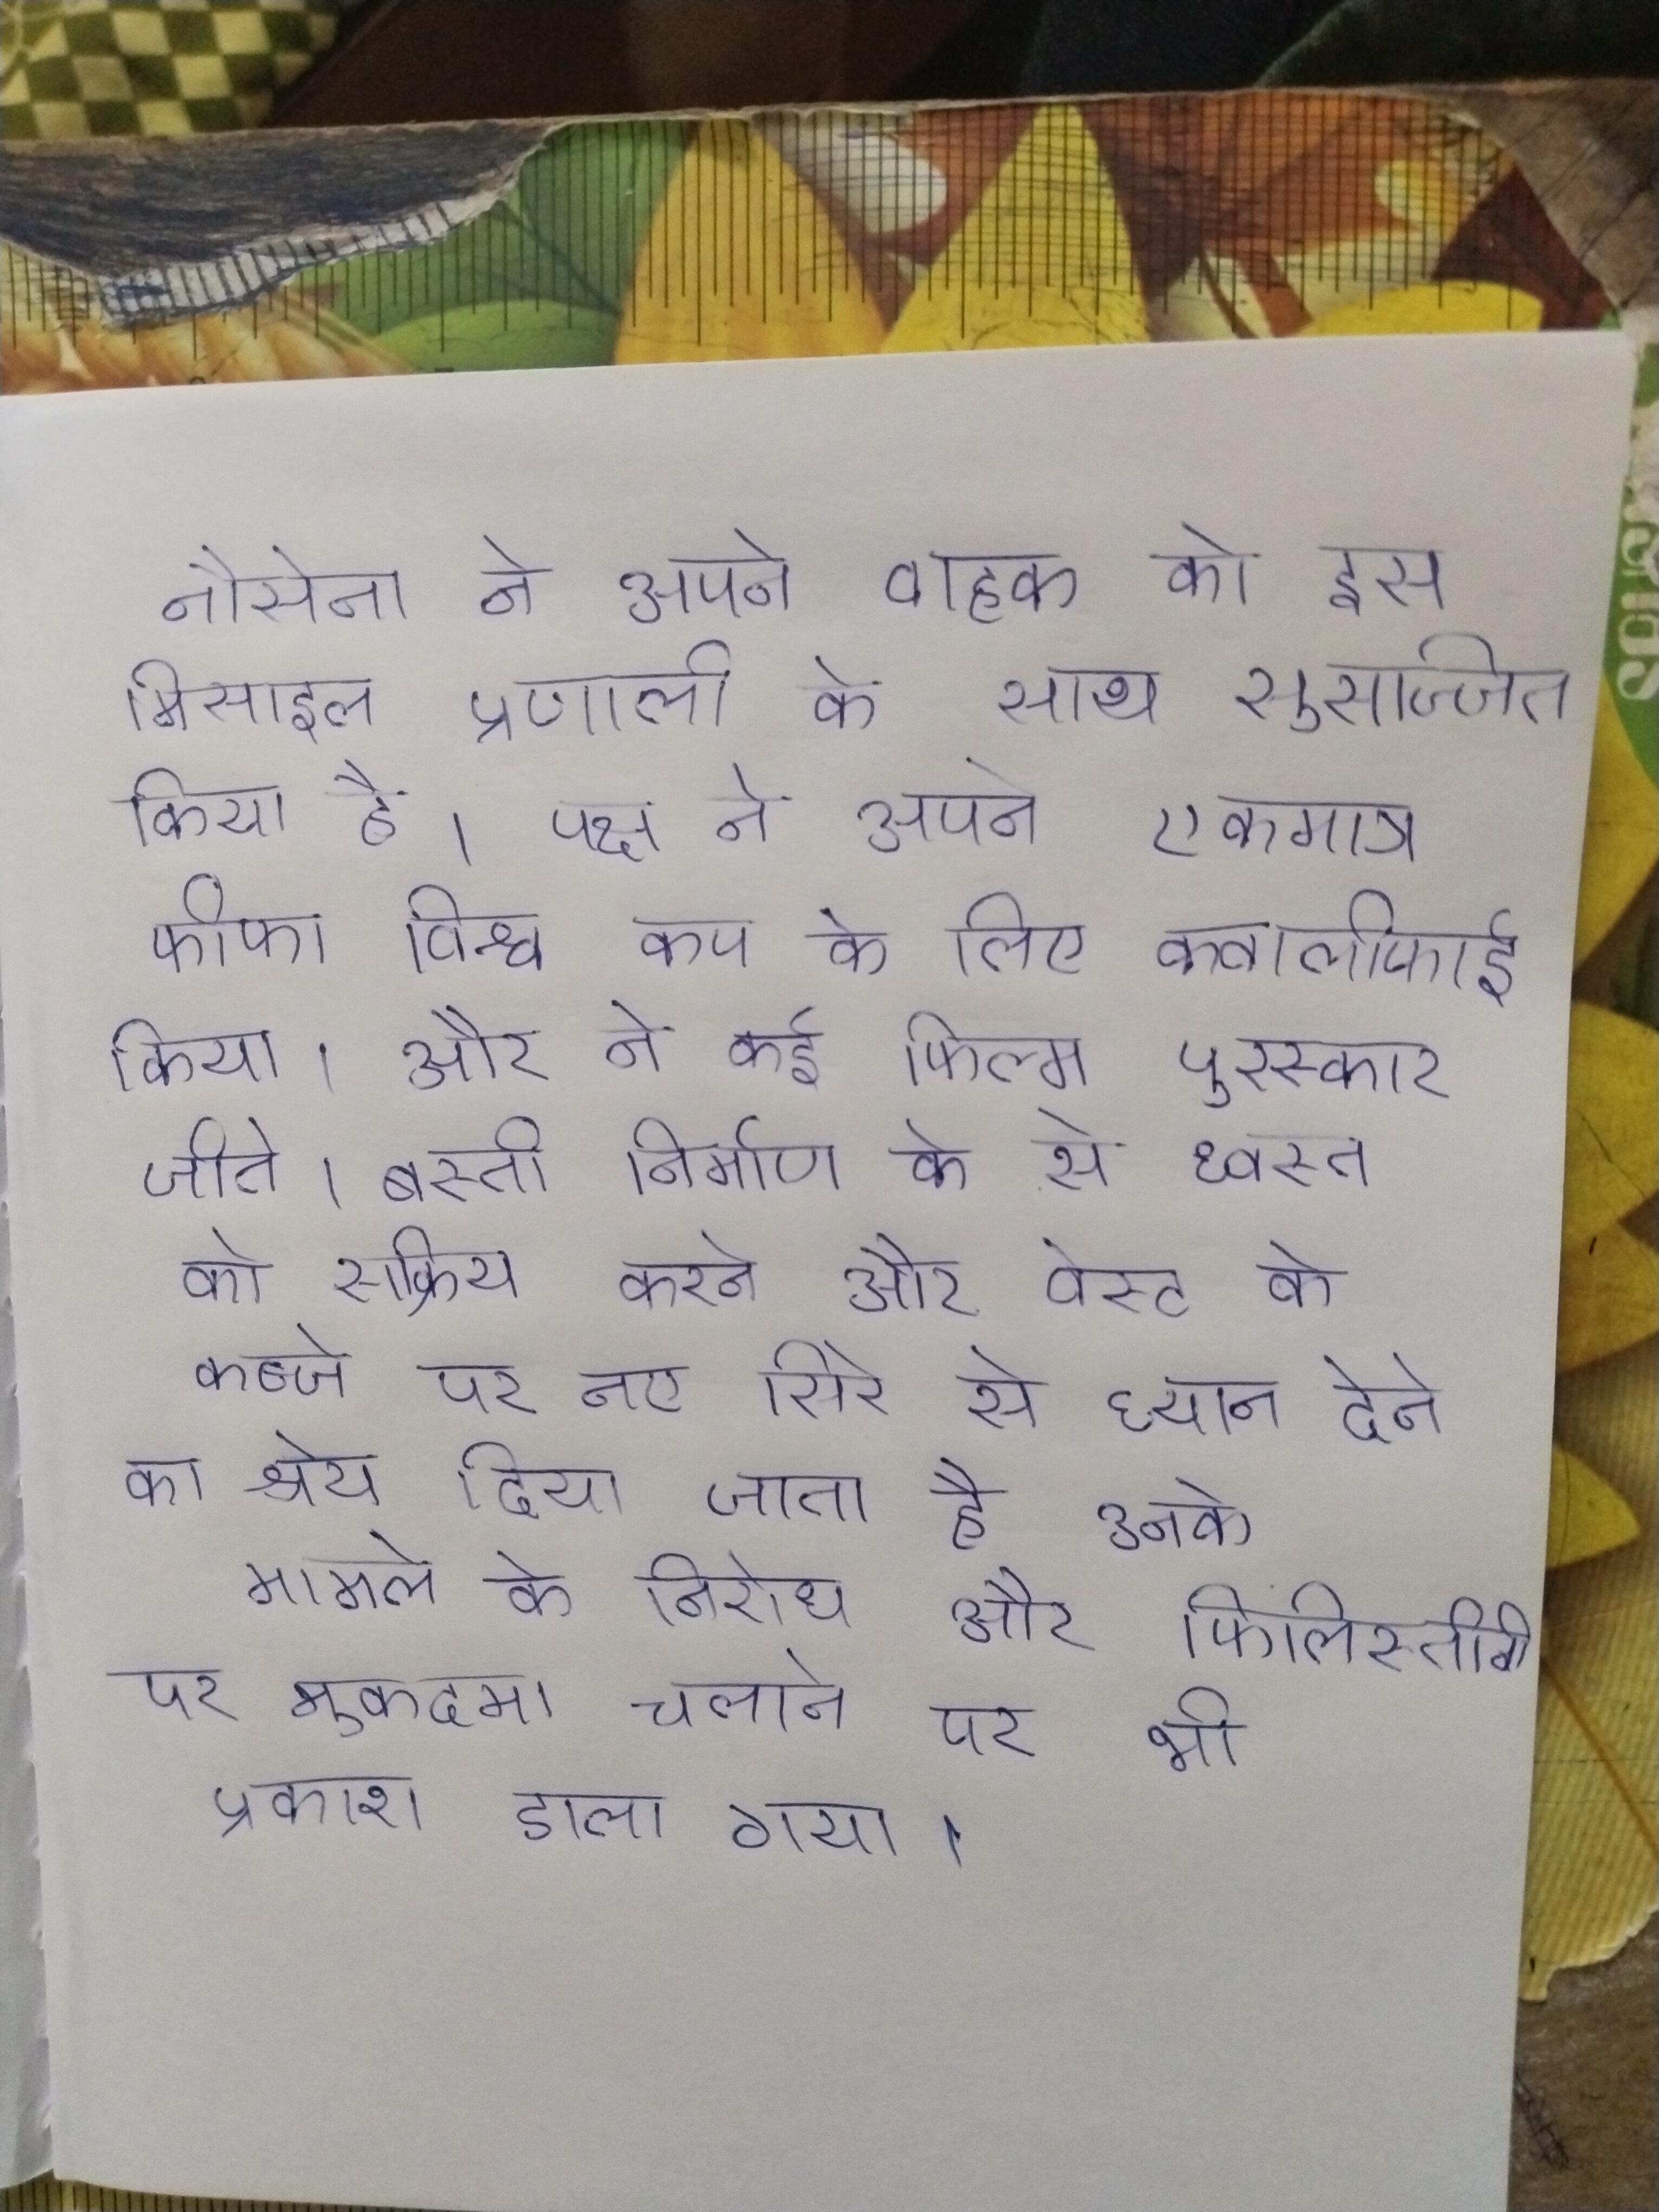
नौसेना ने अपने वाहक को इस मिसाइल प्रणाली के साथ सुसज्जित किया है । पक्ष ने अपने एकमात्र फीफा विश्व कप के लिए क्वालीफाई किया । और ने कई फिल्म पुरस्कार जीते । बस्ती निर्माण के से ध्वस्त को सक्रिय करने और वेस्ट के कब्जे पर नए सिरे से ध्यान देने का श्रेय दिया जाता है उनके मामले के निरोध और फिलिस्तीनी पर मुकदमा चलाने पर भी प्रकाश डाला गया ।